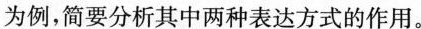
为例,简要分析其中两种表达方式的作用。